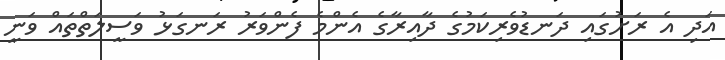
އަދި އެ ރަށުގައި ދަނޑުވެރިކަމުގެ ދާއިރާގެ އެންމެ ފެންވަރު ރަނގަޅު ވަސީލަތްތައް ވަނީ